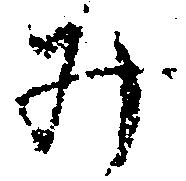
み